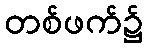
တစ်ဖက်၌